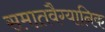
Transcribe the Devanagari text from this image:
समातवैग्यानिक